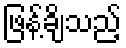
ဖြန့်ချိသည့်